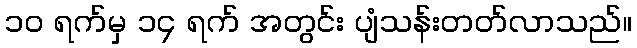
၁၀ ရက်မှ ၁၄ ရက် အတွင်း ပျံသန်းတတ်လာသည်။